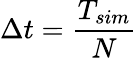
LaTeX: \Delta t=\frac{T_{sim}}{N}